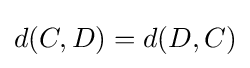
d(C,D)=d(D,C)